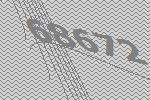
68672